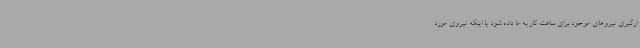
ارگیری نیروهای موجود برای ساعت کار به ما داده شود یا اینکه نیروی مورد